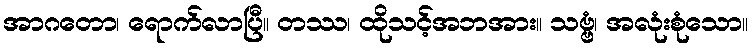
အာဂတော၊ ရောက်လာပြီ။ တဿ၊ ထိုသင့်အဘအား။ သဗ္ဗံ၊ အလုံးစုံသော။